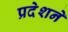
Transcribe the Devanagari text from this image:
प्रदेशने